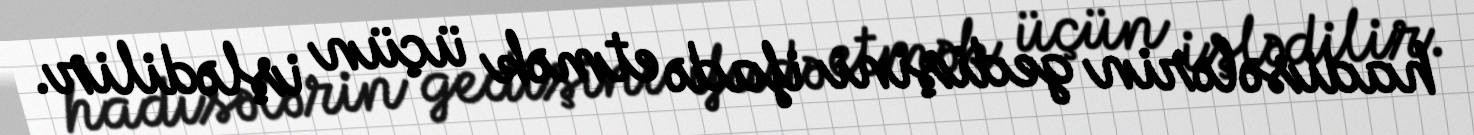
hadisələrin gedişini ifadə etmək üçün işlədilir.